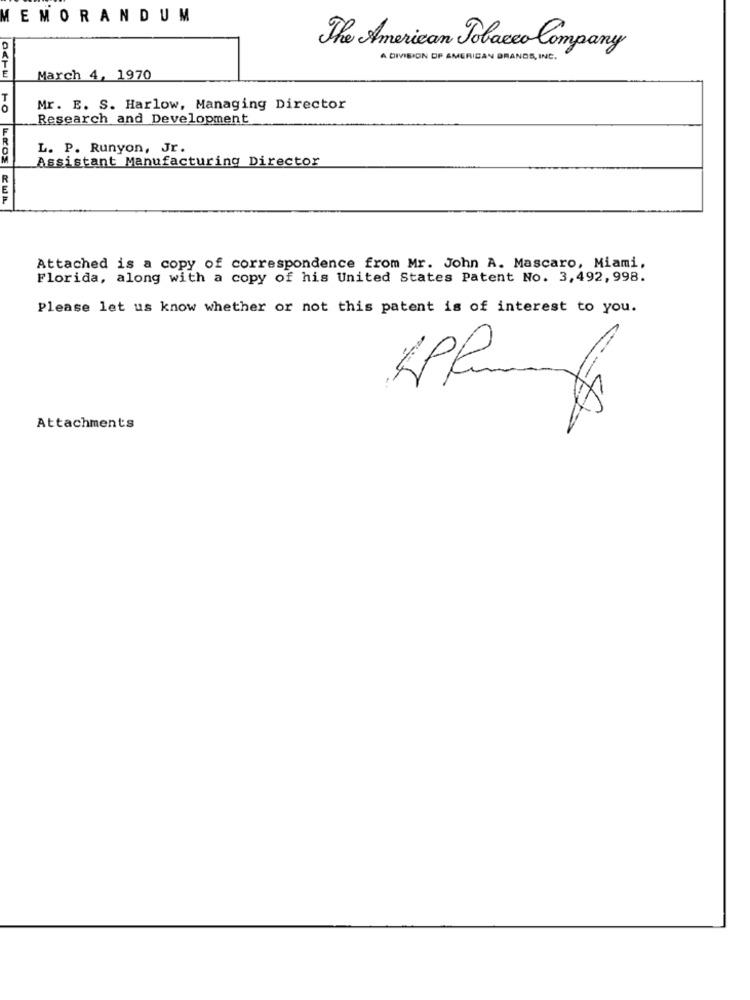
MEMORANDUM
The American Tobacco Company
A DIVISION OF AMERICAN BRANDS , INC.
E
March 4, 1970
Mr. E. S. Harlow, Managing Director
Research and Development
L. P. Runyon, Jr.
Assistant Manufacturing Director
Attached is a copy of correspondence from Mr. John A. Mascaro, Miami,
Florida, along with a copy of his United States Patent No. 3,492, 998.
Please let us know whether or not this patent is of interest to you.
-
Attachments